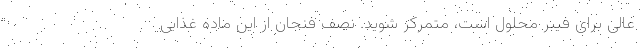
عالی برای فیبر محلول است، متمرکز شوید. نصف فنجان از این ماده غذایی